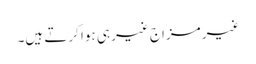
غیر مزاج غیر ہی ہوا کرتے ہیں۔